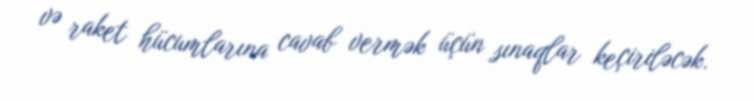
və raket hücumlarına cavab vermək üçün sınaqlar keçiriləcək.